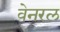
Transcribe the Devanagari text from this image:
वेनरल